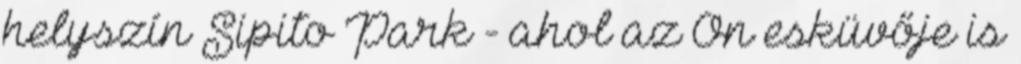
helyszín Sipito Park - ahol az Ön esküvője is